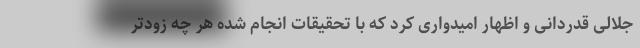
جلالی قدردانی و اظهار امیدواری کرد که با تحقیقات انجام شده هر چه زودتر